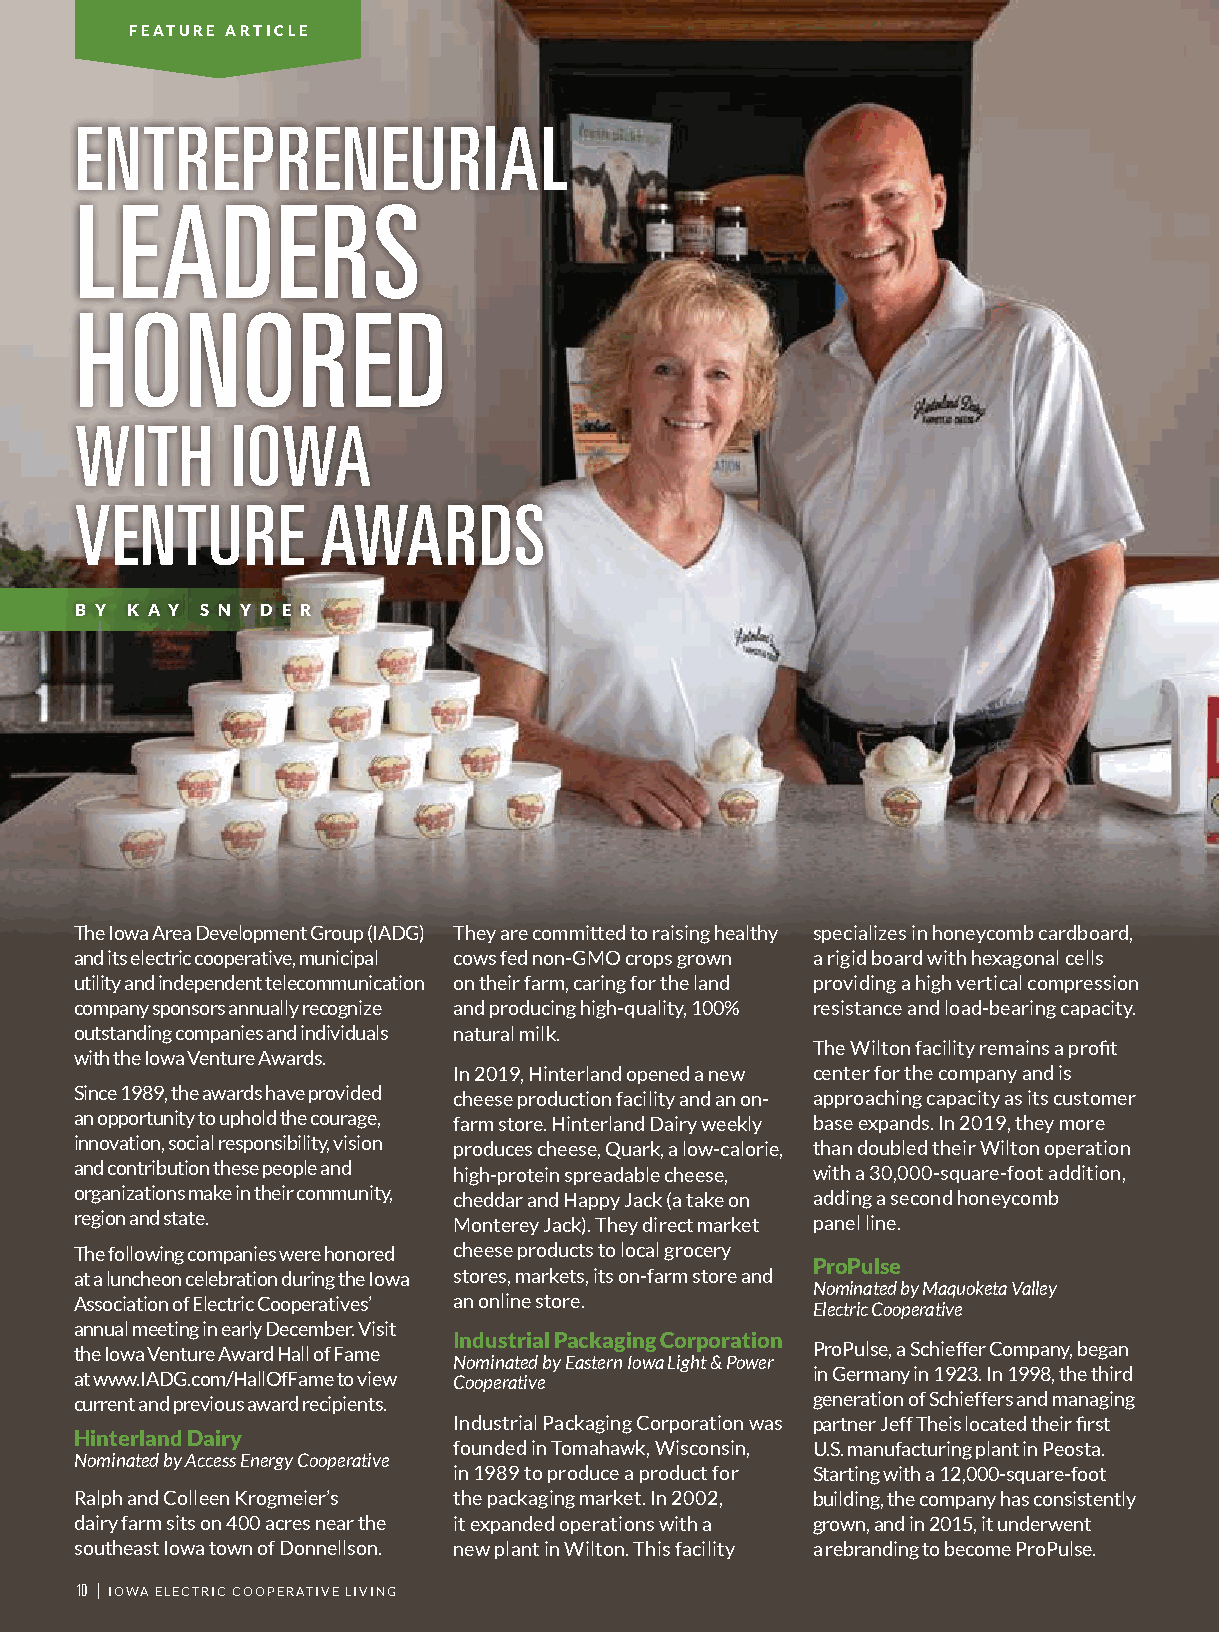
FEATURE ARTICLE
 ENTREPRENEURIAL
 LEADERS
 HONORED
 WITH      IOWA
 VENTURE         AWARDS
 B Y K A Y S N Y D E R
 The Iowa Area Development Group (IADG) They are committed to raising healthy specializes in honeycomb cardboard,
 and its electric cooperative, municipal cows fed non-GMO crops grown a rigid board with hexagonal cells
 utility and independent telecommunication on their farm, caring for the land providing a high vertical compression
 company sponsors annually recognize and producing high-quality, 100% resistance and load-bearing capacity.
 outstanding companies and individuals natural milk.
 The Wilton facility remains a profit
 with the Iowa Venture Awards.
 In 2019, Hinterland opened a new center for the company and is
 Since 1989, the awards have provided cheese production facility and an on- approaching capacity as its customer
 an opportunity to uphold the courage, farm store. Hinterland Dairy weekly base expands. In 2019, they more
 innovation, social responsibility, vision produces cheese, Quark, a low-calorie, than doubled their Wilton operation
 and contribution these people and high-protein spreadable cheese, with a 30,000-square-foot addition,
 organizations make in their community, cheddar and Happy Jack (a take on adding a second honeycomb
 region and state.        Monterey Jack). They direct market panel line.
 The following companies were honored cheese products to local grocery
 ProPulse
 at a luncheon celebration during the Iowa stores, markets, its on-farm store and
 Nominated by Maquoketa Valley
 Association of Electric Cooperatives’ an online store.
 Electric Cooperative
 annual meeting in early December. Visit
 Industrial Packaging Corporation
 the Iowa Venture Award Hall of Fame              ProPulse, a Schieffer Company, began
 Nominated by Eastern Iowa Light & Power
 at www.IADG.com/HallOfFame to view Cooperative   in Germany in 1923. In 1998, the third
 current and previous award recipients.           generation of Schieffers and managing
 Industrial Packaging Corporation was partner Jeff Theis located their first
 Hinterland Dairy
 founded in Tomahawk, Wisconsin, U.S. manufacturing plant in Peosta.
 Nominated by Access Energy Cooperative
 in 1989 to produce a product for Starting with a 12,000-square-foot
 Ralph and Colleen Krogmeier’s the packaging market. In 2002, building, the company has consistently
 dairy farm sits on 400 acres near the it expanded operations with a grown, and in 2015, it underwent
 southeast Iowa town of Donnellson. new plant in Wilton. This facility a rebranding to become ProPulse.
 10 | IOWA ELECTRIC COOPERATIVE LIVING